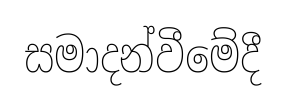
සමාදන්වීමේදී